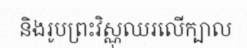
និងរូបព្រះវិស្ណុឈរលើក្បាល